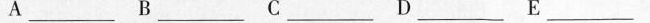
A.___ B.___ C.___ D.___ E.___